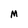
Character: M